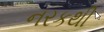
નરકથી